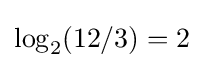
\log _{2}(12/3)=2